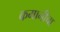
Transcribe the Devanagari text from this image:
कमानीचा